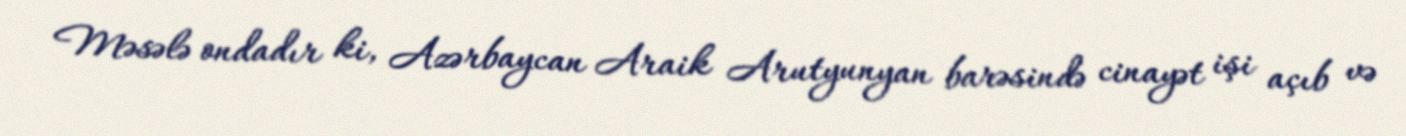
Məsələ ondadır ki, Azərbaycan Araik Arutyunyan barəsində cinayət işi açıb və